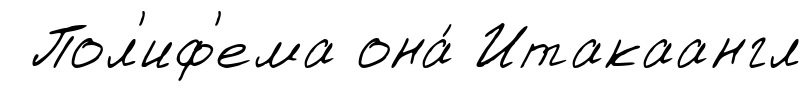
Пол'иф'ема она́ Итакаангл